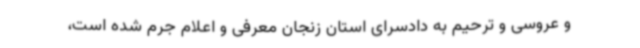
و عروسی و ترحیم به دادسرای استان زنجان معرفی و اعلام جرم شده است،